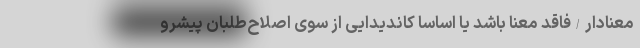
معنادار/فاقد معنا باشد یا اساساً کاندیدایی از سوی اصلاح‌طلبان پیشرو